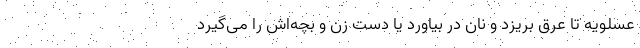
عسلویه تا عرق بریزد و نان در بیاورد یا دست زن و بچه‌اش را می‌گیرد